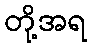
တို့အရ